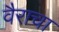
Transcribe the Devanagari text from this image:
वैराचा